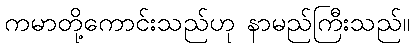
ကမာတို့ကောင်းသည်ဟု နာမည်ကြီးသည်။